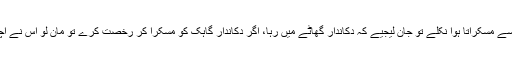
اگر خریدار دکان سے مسکراتا ہوا نکلے تو جان لیجیے کہ دکاندار گھاٹے میں رہا، اگر دکاندار گاہک کو مسکرا کر رخصت کرے تو مان لو اس نے اچھی کمائی کر لی۔